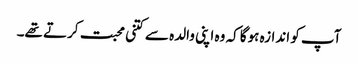
آپ کو اندازہ ہوگا کہ وہ اپنی والدہ سے کتنی محبت کرتے تھے۔